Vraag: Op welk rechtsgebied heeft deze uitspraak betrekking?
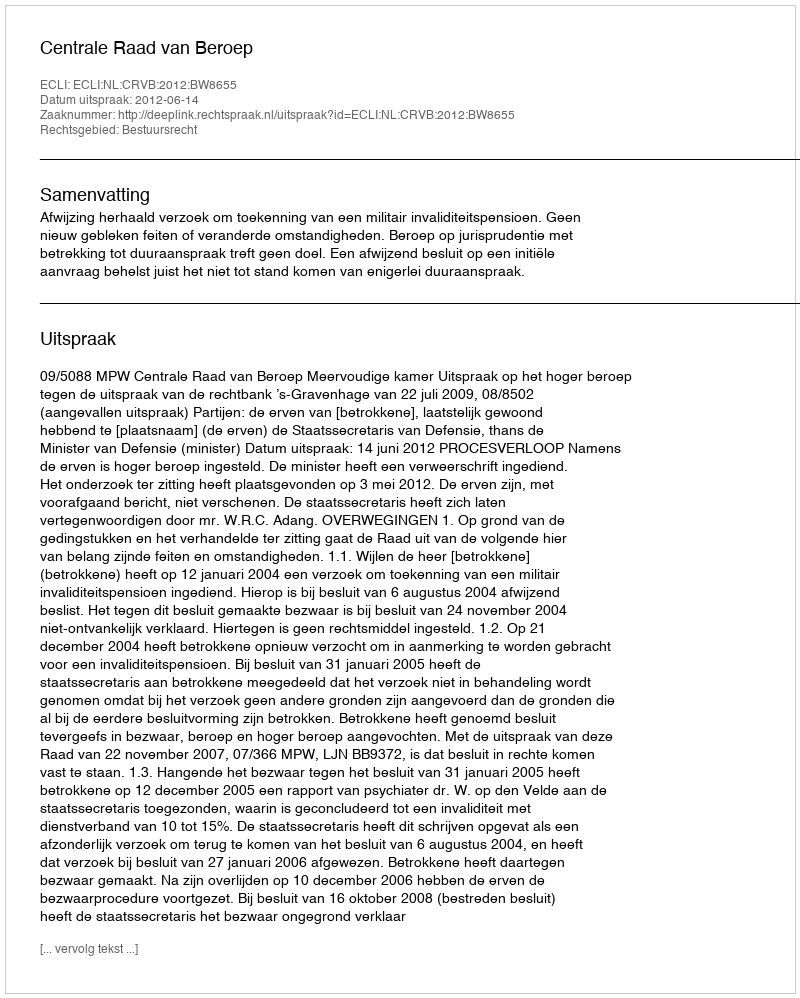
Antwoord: Bestuursrecht